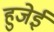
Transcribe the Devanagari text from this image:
हुजेई